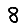
Digit: 8